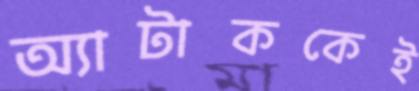
অ্যাটাককেই